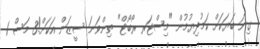
ގިނަ ބަޔަކަށް ކަމުދިޔުމުން "މިސްޓަރ ރޯބޯޓް" ތިންވަނަ ސީޒަން އަކަށް!3 މަސް 1